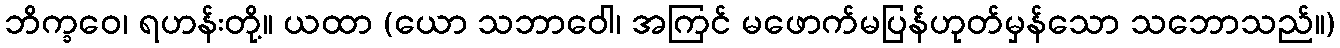
ဘိက္ခဝေ၊ ရဟန်းတို့။ ယထာ (ယော သဘာဝေါ၊ အကြင် မဖောက်မပြန်ဟုတ်မှန်သော သဘောသည်။)